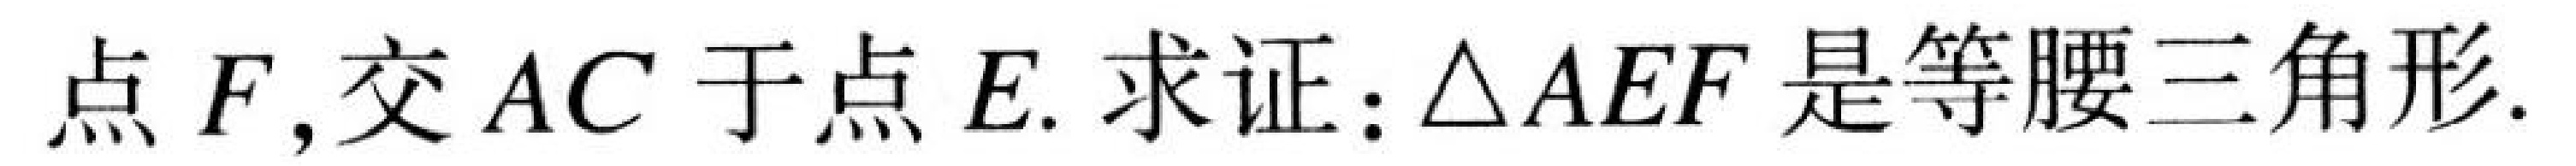
点\(F\)，交\(AC\)于点\(E\). 求证：\(\triangle AEF\)是等腰三角形.